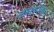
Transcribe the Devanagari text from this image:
सौम्यंचऐन्द्राग्नं